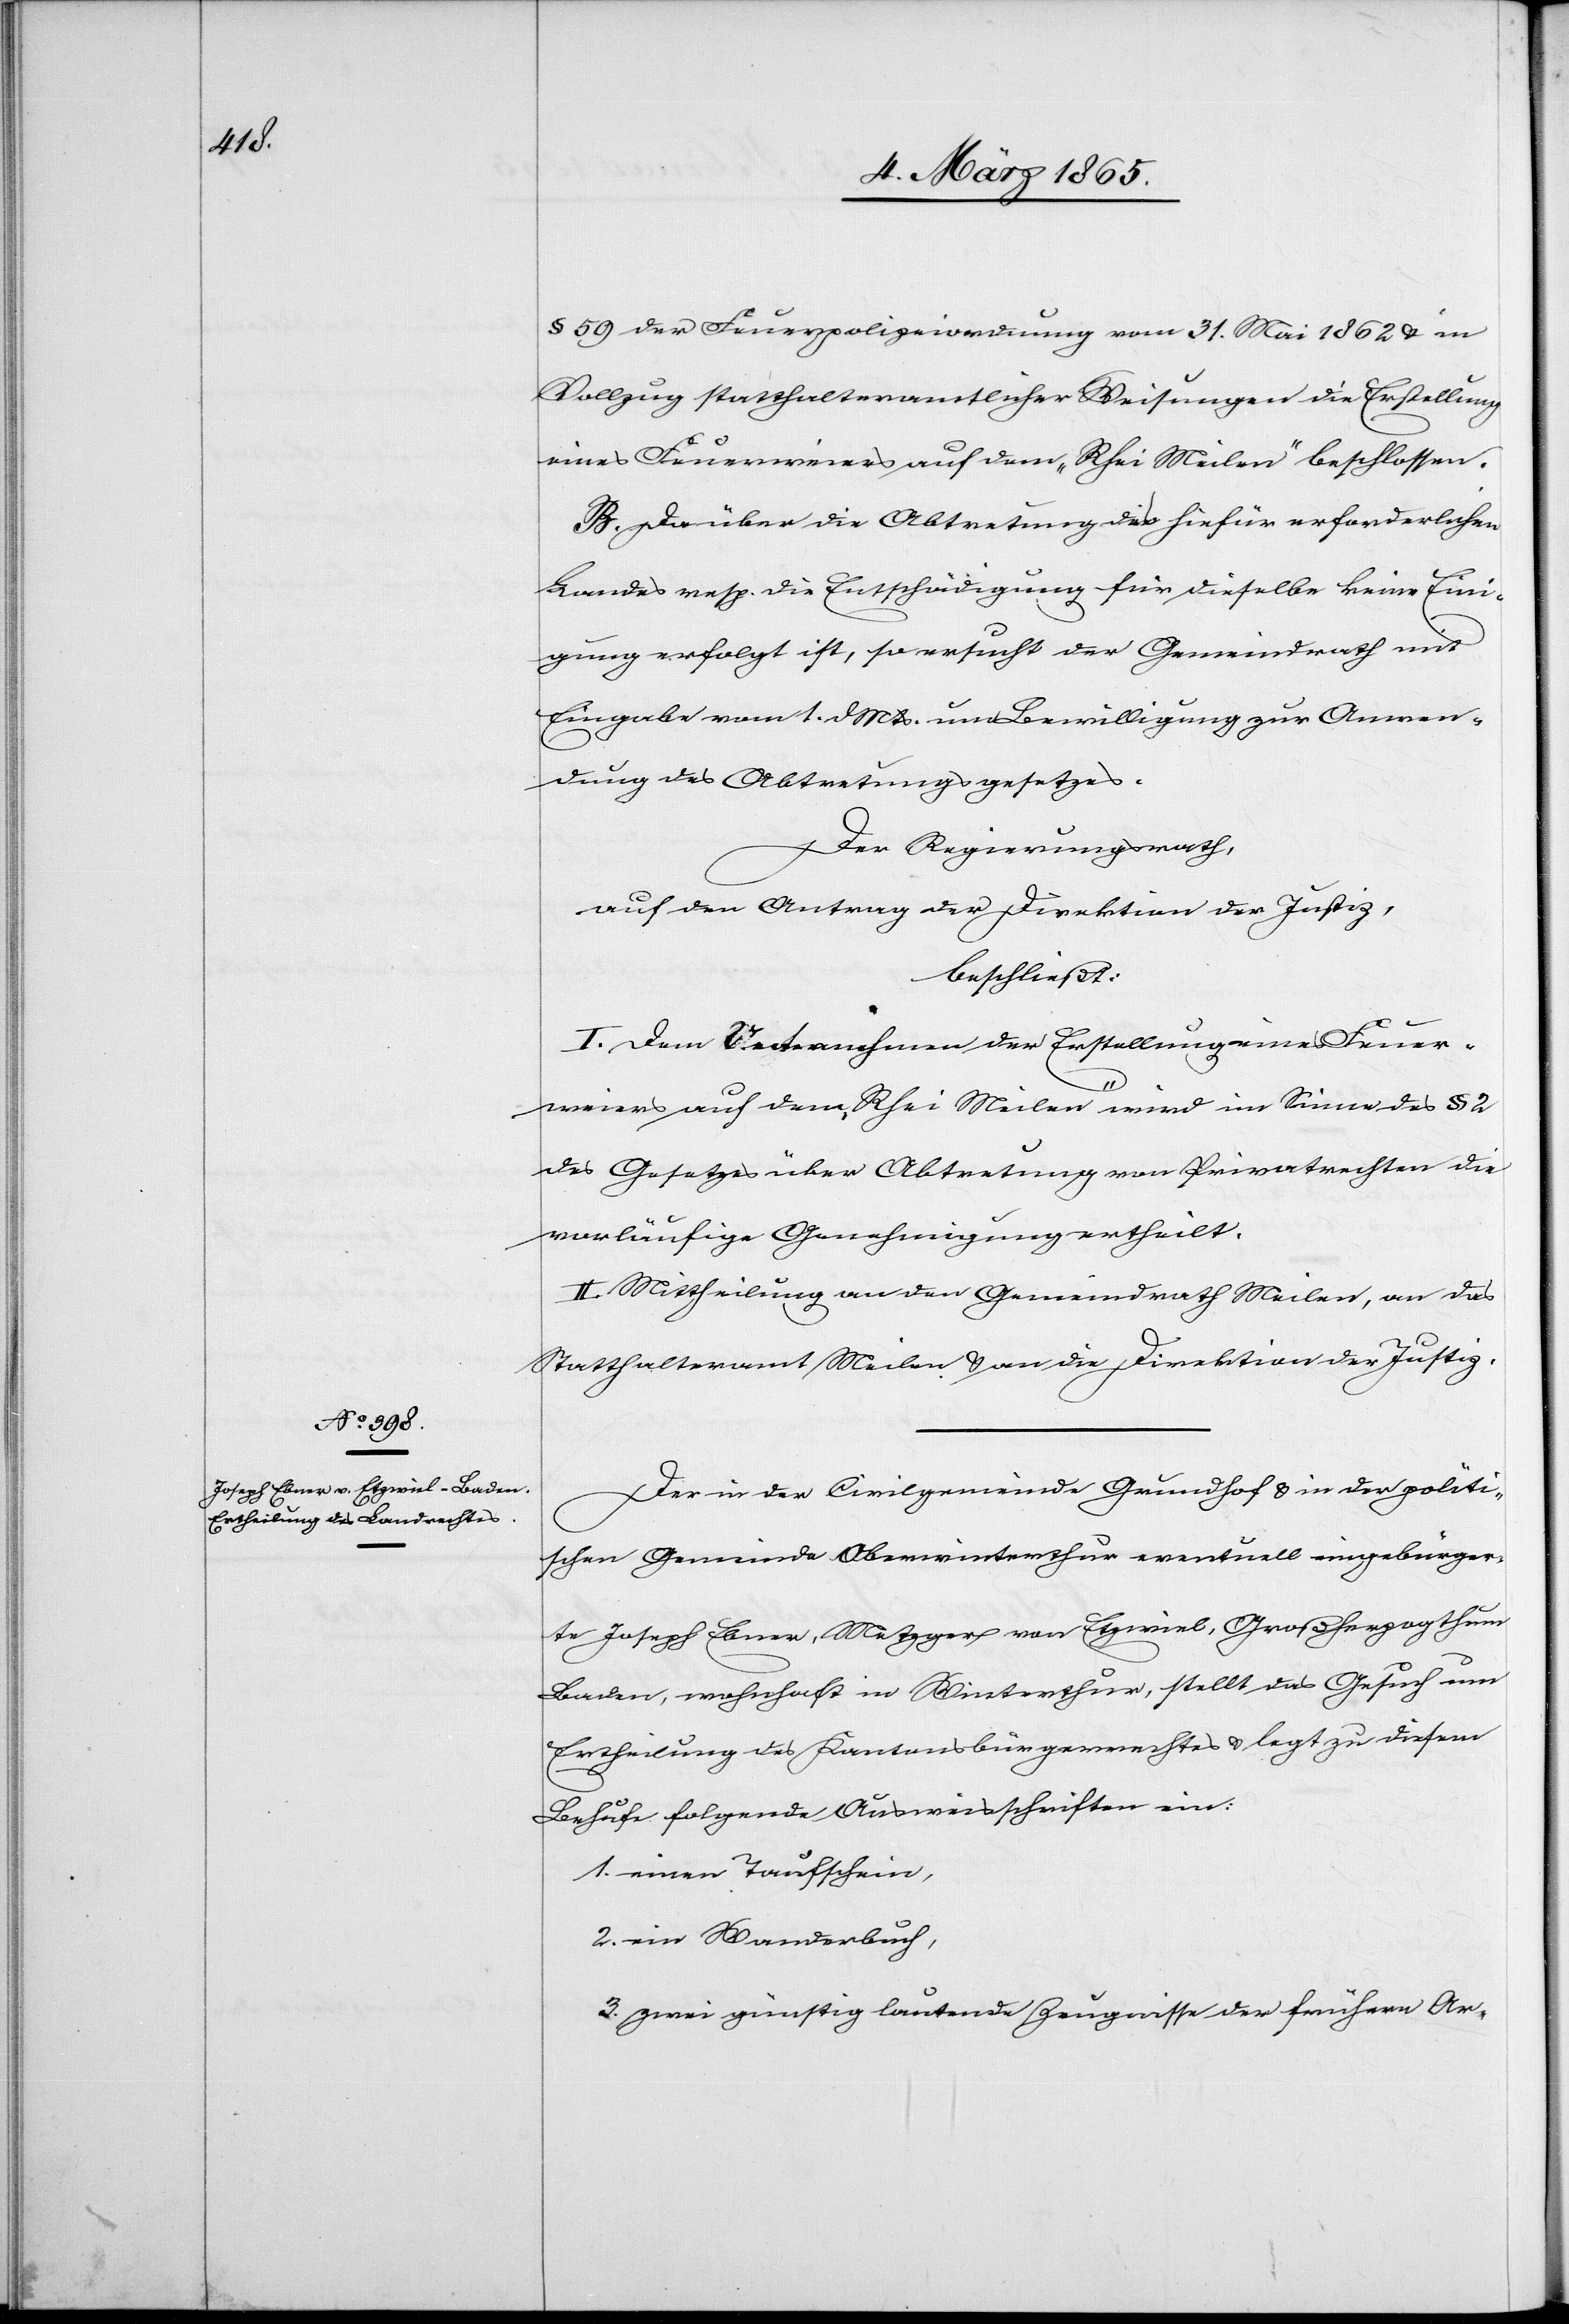
§ 59 der Feuerpolizeiordnung vom 31. Mai 1862 u. in
Vollzug statthalteramtlicher Weisungen die Erstellung
eines Feuerweiers auf dem „Rhei Meilen“ beschlossen.
B. Da über die Abtretung des hiefür erforderlichen
Landes resp. die Entschädigung für dieselbe keine Eini¬
gung erfolgt ist, so ersucht der Gemeindrath mit
Eingabe vom 1. d. Mts. um Bewilligung zur Anwen¬
dung des Abtretungsgesetzes.
Der Regierungsrath,
auf den Antrag der Direktion der Justiz,
beschließt:
I. Dem Unternehmen der Erstellung eines Feuer¬
weiers auf dem „Rhei Meilen“ wird im Sinne des § 2
des Gesetzes über Abtretung von Privatrechten die
vorläufige Genehmigung ertheilt.
II. Mittheilung an den Gemeindrath Meilen, an das
Statthalteramt Meilen u. an die Direktion der Justiz.
Der in der Civilgemeinde Grundhof u. in der politi¬
schen Gemeinde Oberwinterthur eventuell eingebürger¬
te Joseph Ebner, Metzger von Etzwiel, Großherzogthum
Baden, wohnhaft in Winterthur, stellt das Gesuch um
Ertheilung des Kantonsbürgerrechtes u. legt zu diesem
Behufe folgende Ausweisschriften ein:
1. einen Taufschein,
2. ein Wanderbuch,
3. zwei günstig lautende Zeugnisse der frühern Ar-